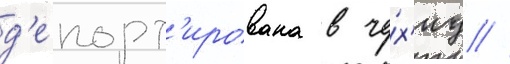
д'епорт'ирована в че́х'иу //